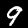
Digit: 9